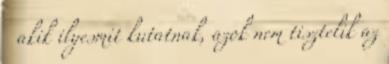
akik ilyesmit kutatnak, azok nem tisztelik az